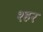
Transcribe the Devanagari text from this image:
श्हर